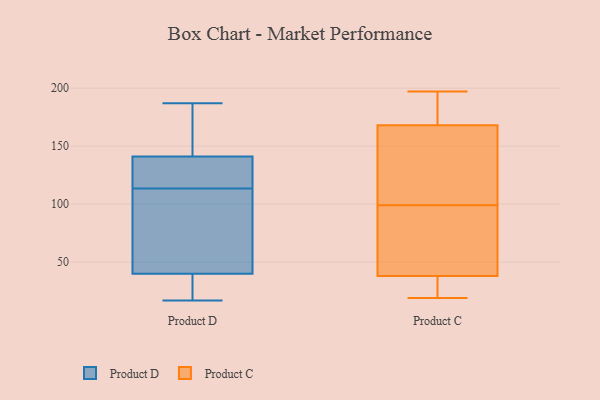
{"axis": {"x": "Net Income (USD K)", "y": "Value"}, "legend": ["Product C", "Product D"], "data": [{"x": "", "y": 141, "type": "Product D"}, {"x": "", "y": 17, "type": "Product D"}, {"x": "", "y": 33, "type": "Product D"}, {"x": "", "y": 112, "type": "Product D"}, {"x": "", "y": 107, "type": "Product D"}, {"x": "", "y": 22, "type": "Product D"}, {"x": "", "y": 141, "type": "Product D"}, {"x": "", "y": 138, "type": "Product D"}, {"x": "", "y": 187, "type": "Product D"}, {"x": "", "y": 115, "type": "Product D"}, {"x": "", "y": 163, "type": "Product D"}, {"x": "", "y": 47, "type": "Product D"}, {"x": "", "y": 162, "type": "Product C"}, {"x": "", "y": 37, "type": "Product C"}, {"x": "", "y": 151, "type": "Product C"}, {"x": "", "y": 192, "type": "Product C"}, {"x": "", "y": 52, "type": "Product C"}, {"x": "", "y": 197, "type": "Product C"}, {"x": "", "y": 135, "type": "Product C"}, {"x": "", "y": 174, "type": "Product C"}, {"x": "", "y": 35, "type": "Product C"}, {"x": "", "y": 19, "type": "Product C"}, {"x": "", "y": 42, "type": "Product C"}, {"x": "", "y": 39, "type": "Product C"}, {"x": "", "y": 49, "type": "Product C"}, {"x": "", "y": 63, "type": "Product C"}, {"x": "", "y": 151, "type": "Product C"}, {"x": "", "y": 183, "type": "Product C"}, {"x": "", "y": 21, "type": "Product C"}, {"x": "", "y": 193, "type": "Product C"}, {"x": "", "y": 157, "type": "Product C"}, {"x": "", "y": 35, "type": "Product C"}]}